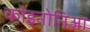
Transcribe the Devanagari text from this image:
कोइनोनिआ